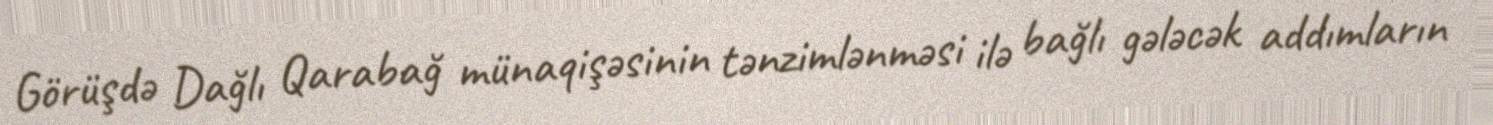
Görüşdə Dağlı Qarabağ münaqişəsinin tənzimlənməsi ilə bağlı gələcək addımların